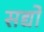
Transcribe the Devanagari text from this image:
सद्यो